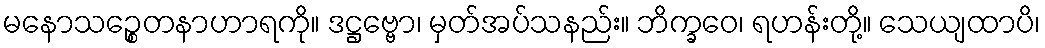
မနောသဉ္စေတနာဟာရကို။ ဒဋ္ဌဗ္ဗော၊ မှတ်အပ်သနည်း။ ဘိက္ခဝေ၊ ရဟန်းတို့။ သေယျထာပိ၊